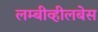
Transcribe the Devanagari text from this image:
लम्बीव्हीलबेस